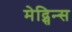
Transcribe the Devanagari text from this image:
मेद्सिन्स